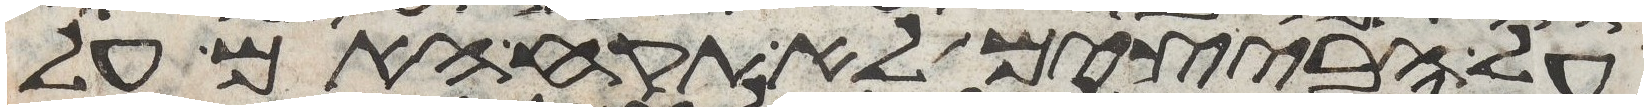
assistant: על הבצים לא תקח האם על